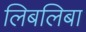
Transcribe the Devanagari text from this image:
लिबलिबा